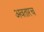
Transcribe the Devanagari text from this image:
अवतारच